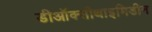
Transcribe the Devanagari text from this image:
डीऑक्सीथाइमिडीन